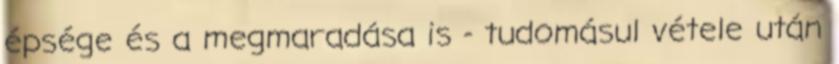
épsége és a megmaradása is - tudomásul vétele után